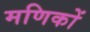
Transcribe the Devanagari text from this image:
मणिकों